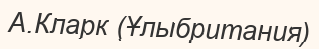
А.Кларк (Ұлыбритания)